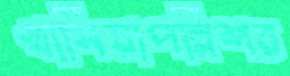
খাসিয়াপল্লিশর